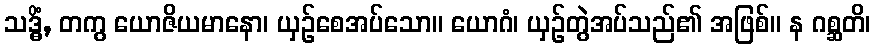
သဒ္ဓိံ, တကွ ယောဇိယမာနော၊ ယှဉ်စေအပ်သော။ ယောဂံ၊ ယှဉ်တွဲအပ်သည်၏ အဖြစ်။ န ဂစ္ဆတိ၊